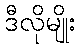
ဒီလိုမျိုး